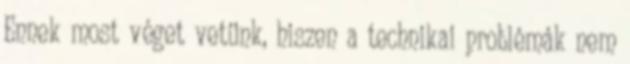
Ennek most véget vetünk, hiszen a technikai problémák nem